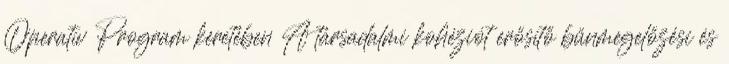
Operatív Program keretében A társadalmi kohéziót erősítő bűnmegelőzési és